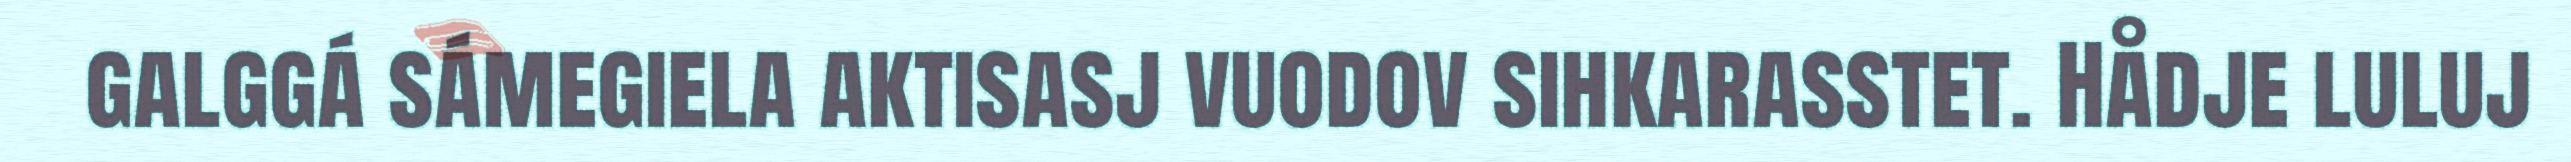
galggá sámegiela aktisasj vuodov sihkarasstet. Hådje luluj